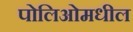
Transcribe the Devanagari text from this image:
पोलिओमधील